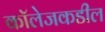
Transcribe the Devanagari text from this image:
कॉलेजकडील